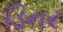
ડિનર